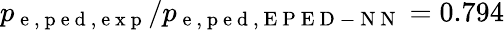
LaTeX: p_{\mathrm{~e~,~p~e~d~,~e~x~p~}}/p_{\mathrm{~e~,~p~e~d~,~E~P~E~D~-~N~N~}}=0.794